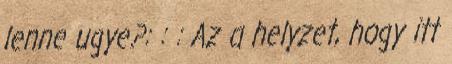
lenne ugye?: : : Az a helyzet, hogy itt